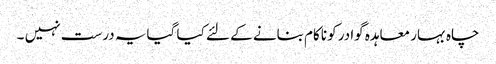
چاہ بہار معاہدہ گوادر کو ناکام بنانے کے لئے کیا گیایہ درست نہیں ۔